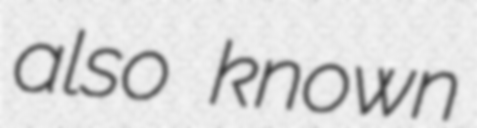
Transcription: also known